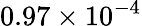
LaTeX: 0.97\times 10^{-4}